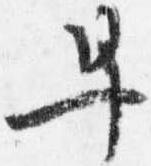
早